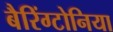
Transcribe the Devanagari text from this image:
बैरिंग्टोनिया